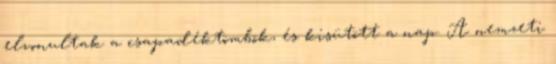
elvonultak a csapadéktömbök, és kisütött a nap. A nemzeti